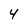
Character: 4